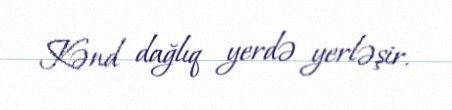
Kənd dağlıq yerdə yerləşir.